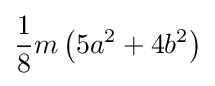
{\frac {1}{8}}m\left(5a^{2}+4b^{2}\right)